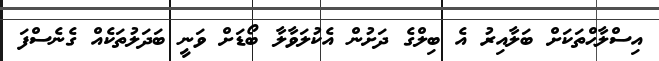
އިސްލާޙްތަކަށް ބަލާއިރު އެ ބިލްގެ ދަށުން އެކުލަވާލާ ބޯޑަށް ވަނީ ބަދަލުތަކެއް ގެނެސްފަ